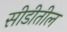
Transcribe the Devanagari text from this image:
सीडीतील